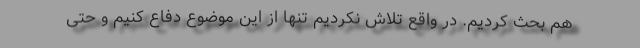
هم بحث کردیم. در واقع تلاش نکردیم تنها از این موضوع دفاع کنیم و حتی